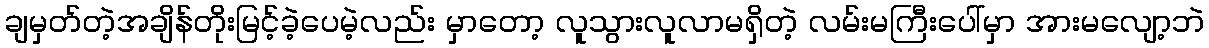
ချမှတ်တဲ့အချိန်တိုးမြင့်ခဲ့ပေမဲ့လည်း မှာတော့ လူသွားလူလာမရှိတဲ့ လမ်းမကြီးပေါ်မှာ အားမလျော့ဘဲ